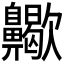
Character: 𪗀